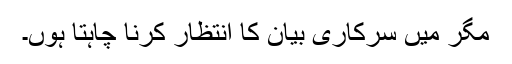
مگر میں سرکاری بیان کا انتظار کرنا چاہتا ہوں۔